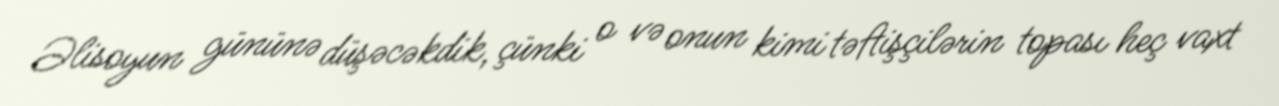
Əlisoyun gününə düşəcəkdik, çünki o və onun kimi təftişçilərin topası heç vaxt